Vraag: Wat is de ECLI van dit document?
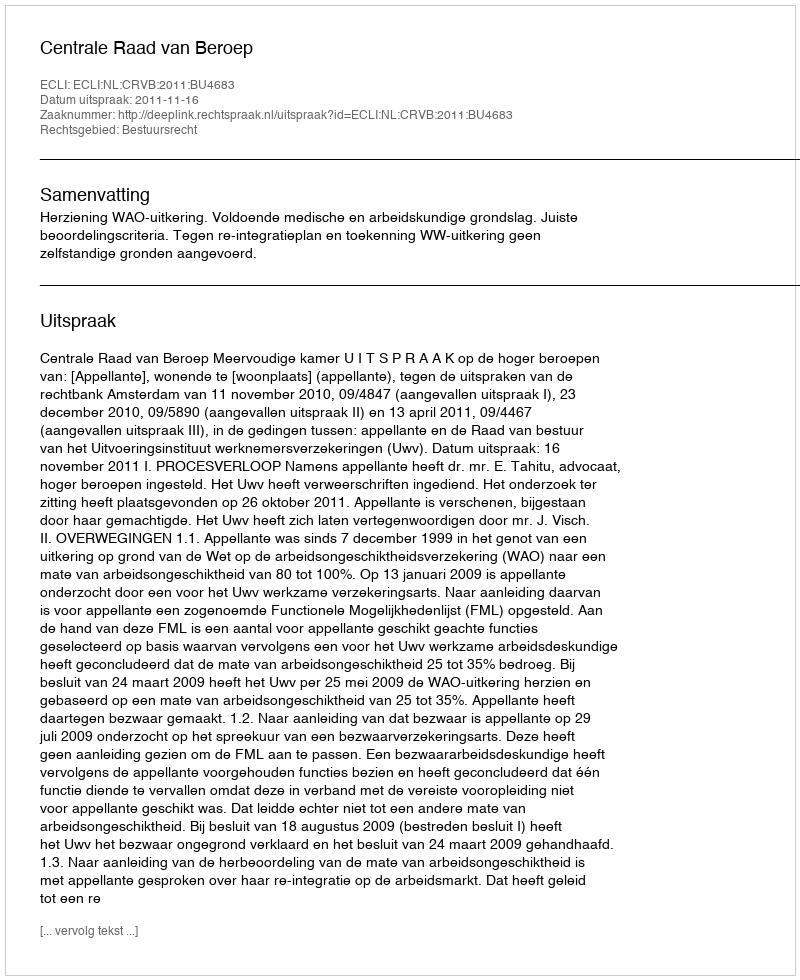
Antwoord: ECLI:NL:CRVB:2011:BU4683